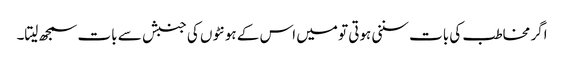
اگر مخاطب کی بات سننی ہوتی تو میں اس کے ہونٹوں کی جنبش سے بات سمجھ لیتا۔